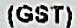
(GST)